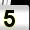
Digit: 5